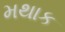
મથાક